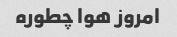
امروز هوا چطوره